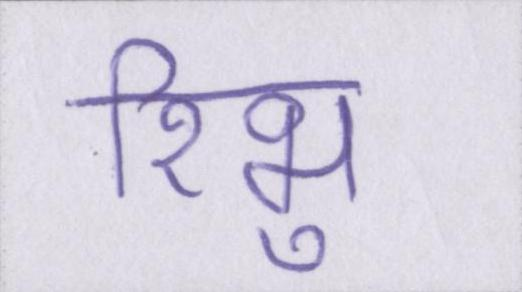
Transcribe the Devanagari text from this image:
रिभु